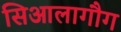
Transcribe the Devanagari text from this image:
सिआलागौग